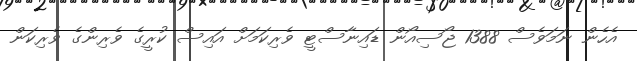
އެހެން ނަމަވެސް 1388 ޖޯސިއޯން ޑައިނާސްޓީ ވެރިކަމަށް އައިސް ކުރީގެ ވެރިންގެ ވެރިކަން